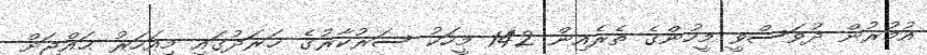
އުމުރުން ދުވަސްވީ މީހުންގެ ތެރެއިން 142 މީހަކު ސަރުކާރުގެ ޚަރަދުގައި މިއަހަރު ޙައްޖަށް